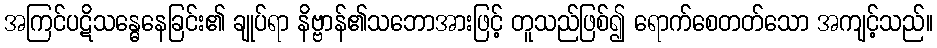
အကြင်ပဋိသန္ဓေနေခြင်း၏ ချုပ်ရာ နိဗ္ဗာန်၏သဘောအားဖြင့် တူသည်ဖြစ်၍ ရောက်စေတတ်သော အကျင့်သည်။